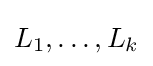
{\textstyle L_{1},\dots ,L_{k}}